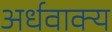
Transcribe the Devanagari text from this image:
अर्धवाक्य